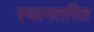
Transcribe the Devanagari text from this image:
स्थानतरित